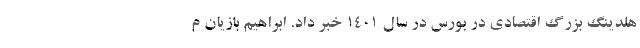
هلدینگ بزرگ اقتصادی در بورس در سال 1401 خبر داد. ابراهیم بازیان م